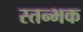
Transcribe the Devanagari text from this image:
स्तन्भक